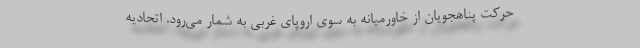
حرکت پناهجویان از خاورمیانه به سوی اروپای غربی به شمار می‌رود. اتحادیه